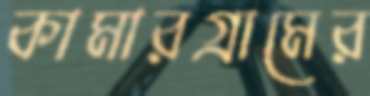
কামারগ্রামের